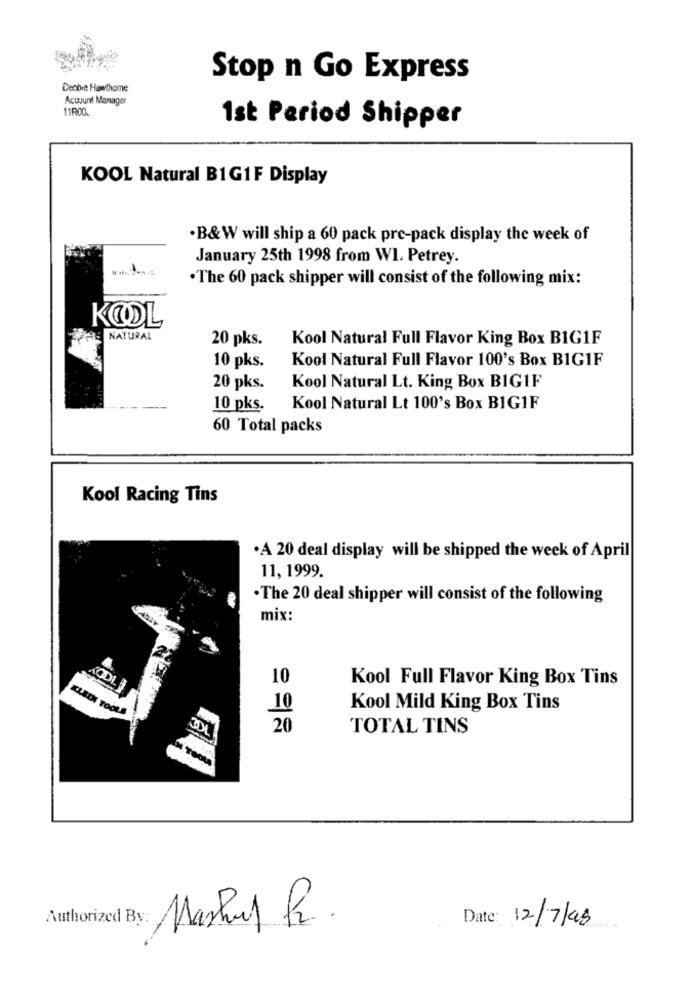
Stop n Go Express
Deobre Hawthorne
Account Manager
1st Period Shipper
KOOL Natural B1G1F Display
.B&W will ship a 60 pack pre-pack display the week of
January 25th 1998 from W1. Petrey.
.The 60 pack shipper will consist of the following mix:
KOOL
NATURAL
20 pks.
Kool Natural Full Flavor King Box BIG1F
Kool Natural Full Flavor 100's Box BIG1F
10 pks.
20 pks.
Kool Natural Lt. King Box BIGIF
10 pks.
Kool Natural Lt 100's Box BIG1F
60 Total packs
Kool Racing Tins
·A 20 deal display will be shipped the week of April
11, 1999.
.The 20 deal shipper will consist of the following
mix:
KODI
10
Kool Full Flavor King Box Tins
KLEIN TOOLS
10
Kool Mild King Box Tins
20
TOTAL TINS
Authorized By:
Markus R.
Date: 12/7/98